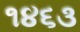
૧૪૬૩